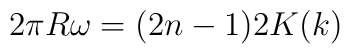
2\pi R\omega = (2n-1)2K(k)